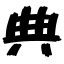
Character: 典